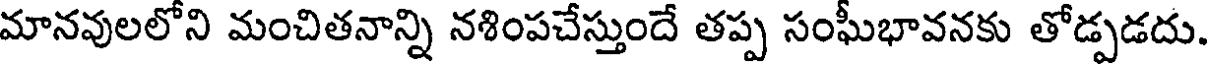
మానవులలోని మంచితనాన్ని నశింపచేస్తుందే తప్ప సంఘీభావనకు తోడ్పడదు.